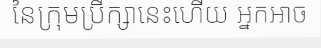
នៃក្រុមប្រឹក្សានេះហើយ អ្នកអាច